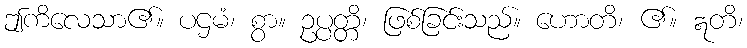
ဤကိလေသာ၏။ ပဌမံ၊ စွာ။ ဥပ္ပတ္တိ၊ ဖြစ်ခြင်းသည်။ ဟောတိ၊ ၏။ ဣတိ၊